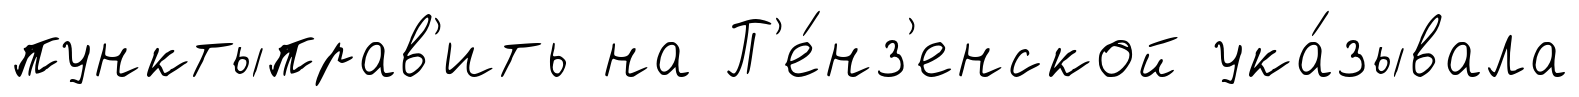
пунктыправ'ить на П'е́нз'енской ука́зывала